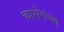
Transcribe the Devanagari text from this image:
कासेरांच्या